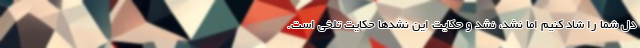
دل شما را شاد کنیم اما نشد، نشد و حکایت این نشدها حکایت تلخی است.